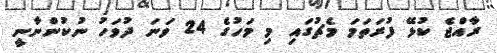
ރާއްޖެ ކުޅޭ ފުރަތަމަ މެޗުގައި މި މަހުގެ 24 ވަނަ ދުވަހު ނުކުންނާނީ